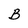
Character: B